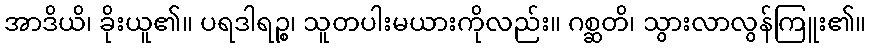
အာဒိယိ၊ ခိုးယူ၏။ ပရဒါရဉ္စ၊ သူတပါးမယားကိုလည်း။ ဂစ္ဆတိ၊ သွားလာလွန်ကြူး၏။